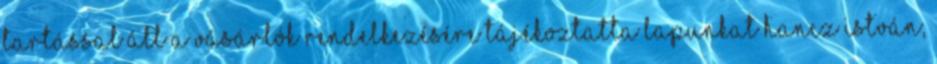
tartással áll a vásárlók rendelkezésére tájékoztatta lapunkat Hancz István,